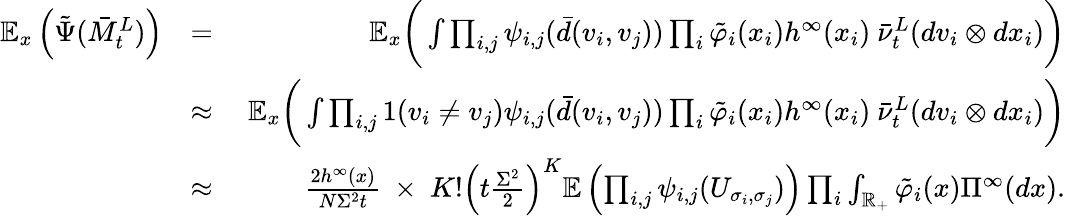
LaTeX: \begin{array}{rlr}{{\mathbb E}_{x}\left(\tilde{\Psi}(\bar{M}_{t}^{L})\right)}&{=}&{\ \mathbb E_{x}\bigg(\int\prod_{i,j}\psi_{i,j}(\bar{d}({v_{i},v_{j}}))\prod_{i}\tilde{\varphi}_{i}(x_{i})h^{\infty}(x_{i})\ \bar{\nu}_{t}^{L}(dv_{i}\otimes dx_{i})\bigg)}\\ &{\approx}&{\ \mathbb E_{x}\bigg(\int\prod_{i,j}1(v_{i}\neq v_{j})\psi_{i,j}(\bar{d}({v_{i},v_{j}}))\prod_{i}\tilde{\varphi}_{i}(x_{i})h^{\infty}(x_{i})\ \bar{\nu}_{t}^{L}(dv_{i}\otimes dx_{i})\bigg)}\\ &{\approx}&{\frac{2h^{\infty}(x)}{N\Sigma^{2}t}\ \times\ K!\left(t\frac{\Sigma^{2}}{2}\right)^{K}{\mathbb E}\left(\prod_{i,j}\psi_{i,j}(U_{\sigma_{i},\sigma_{j}})\right)\prod_{i}\int_{{\mathbb R}_{+}}\tilde{\varphi}_{i}(x)\Pi^{\infty}(dx).}\end{array}